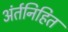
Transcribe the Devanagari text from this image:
अंर्तनिहित